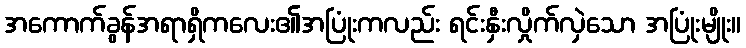
အကောက်ခွန်အရာရှိကလေး၏အပြုံးကလည်း ရင်းနှီးလှိုက်လှဲသော အပြုံးမျိုး။